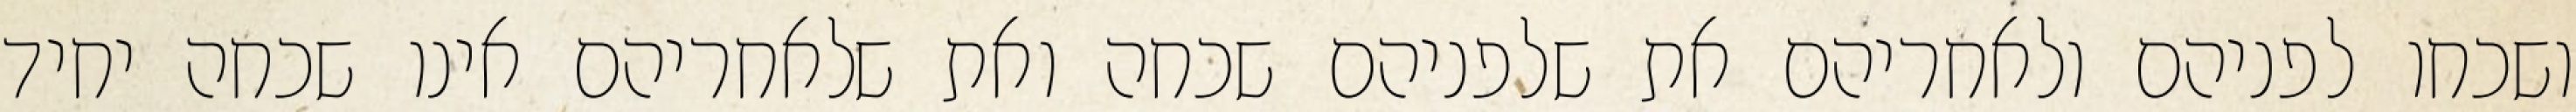
ושכחו לפניהם ולאחריהם את שלפניהם שכחה ואת שלאחריהם אינו שכחה יחיד